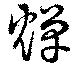
燀